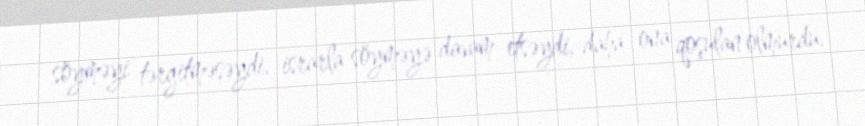
söyməyi tərgitməsəydi, israrla söyməyə davam etsəydi, daha ona qoşulan olmurdu.